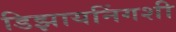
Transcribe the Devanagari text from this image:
डिझायनिंगशी